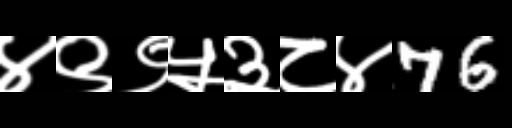
Text: ४९९५३८४76